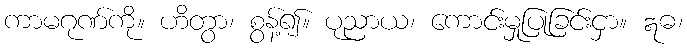
ကာမဂုဏ်ကို။ ဟိတွာ၊ စွန့်၍။ ပုညာယ၊ ကောင်းမှုပြုခြင်းငှာ။ ဣဓ၊